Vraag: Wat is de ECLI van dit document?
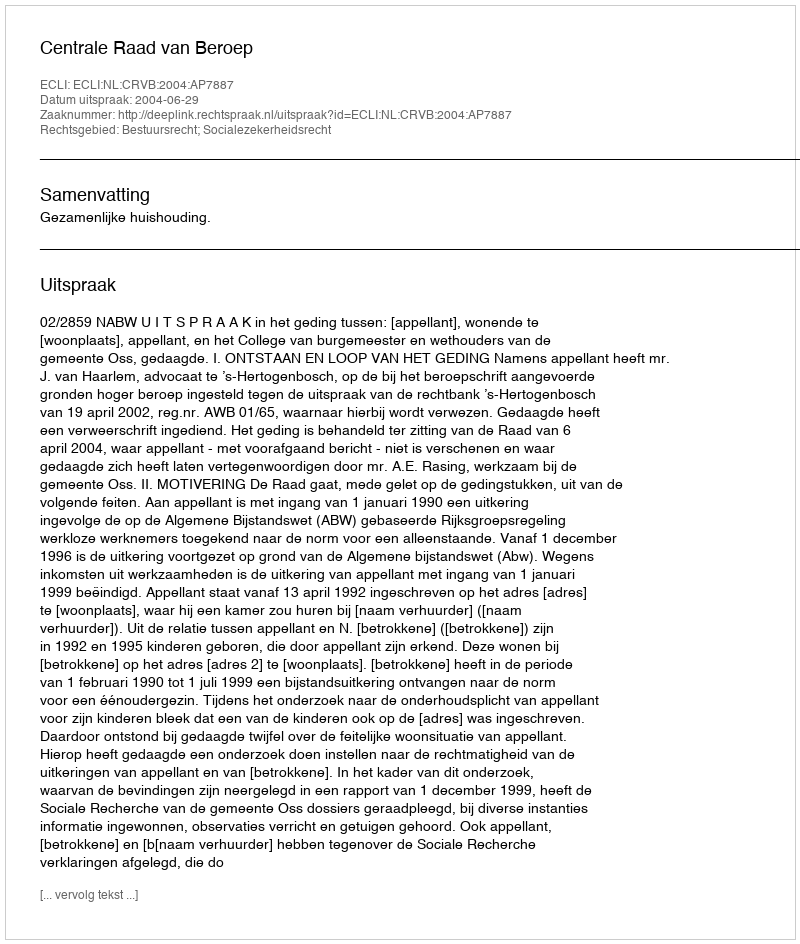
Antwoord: ECLI:NL:CRVB:2004:AP7887